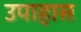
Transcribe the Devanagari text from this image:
उपाहास